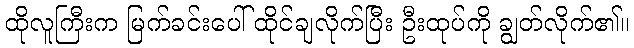
ထိုလူကြီးက မြက်ခင်းပေါ် ထိုင်ချလိုက်ပြီး ဦးထုပ်ကို ချွတ်လိုက်၏။